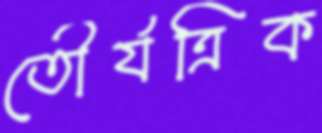
তৌর্যত্রিক